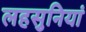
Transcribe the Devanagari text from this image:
लहसुनियां